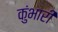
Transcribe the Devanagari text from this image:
कुंभारी